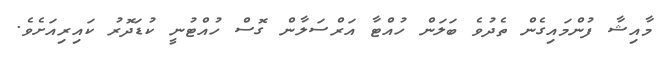
މާއިޝާ ފުންމައިގެން ތެދުވެ ބަލަން ހުއްޓާ އަރްސަލާން ގޮސް ހުއްޓުނީ ކުޑަދޮރު ކައިރިއަށެވެ.